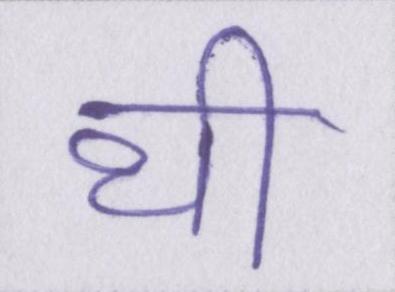
थी